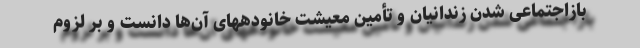
بازاجتماعی شدن زندانیان و تأمین معیشت خانودههای آن‌ها دانست و بر لزوم